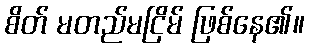
စိတ် မတည်မငြိမ် ဖြစ်နေ၏။